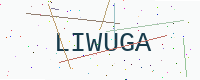
Text: LIWUGA